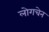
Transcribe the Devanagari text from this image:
लोगचेन